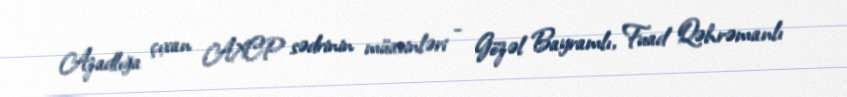
Azadlığa çıxan AXCP sədrinin müavinləri - Gözəl Bayramlı, Fuad Qəhrəmanlı